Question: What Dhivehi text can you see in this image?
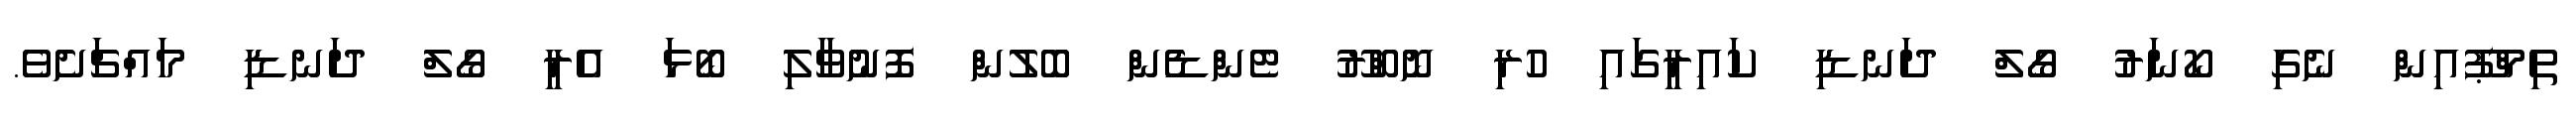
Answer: ތިމްޕޫއިން ނެގި ކޯނަރު ގޯލް ދަނޑި ކައިރީގައި ހުރި ނޮބްރޫ ޓެންޑެން ބޮލުން ފޮނުވާލި ބޯޅަ އެރީ ގޯލް ދަނޑި މައްޗަށެވެ.